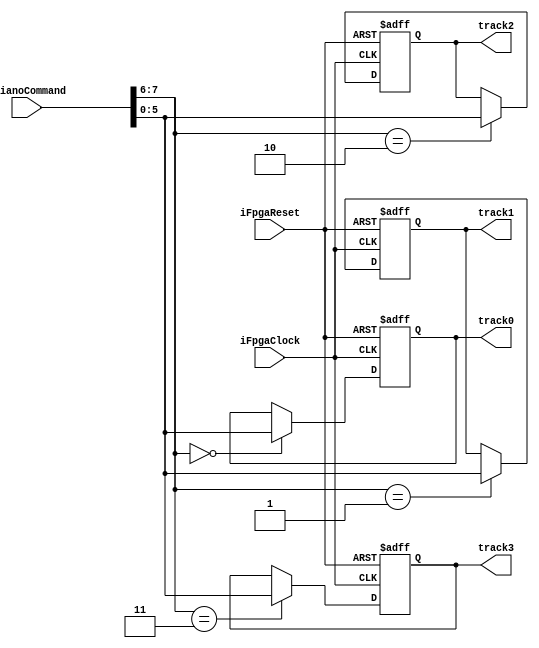
`timescale 1ns / 1ps
//////////////////////////////////////////////////////////////////////////////////
// Company: Southern University of Science and Technology 
// Engineer: ?
// 
// Project Name: MIPS Single Cycle CPU
// Target Devices: Xilinx Board. Tested on MINISYS.
// Description: 
// 
//////////////////////////////////////////////////////////////////////////////////
module TrackManager (
    input iFpgaClock, iFpgaReset 
    ,input[7:0] iPianoCommand 
    ,output reg [5:0] track0 
    ,output reg [5:0] track1 
    ,output reg [5:0] track2 
    ,output reg [5:0] track3
);
    always @(posedge iFpgaClock or posedge iFpgaReset) begin 
        if (iFpgaReset) begin
            track0 <= 0;
            track1 <= 0;
            track2 <= 0;
            track3 <= 0;
        end else
        case (iPianoCommand[7:6])
            0: track0 <= iPianoCommand[5:0];
            1: track1 <= iPianoCommand[5:0];
            2: track2 <= iPianoCommand[5:0];
            3: track3 <= iPianoCommand[5:0];
        endcase
    end
endmodule //TrackManager